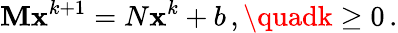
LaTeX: \mathbf{M}\mathbf{{x}}^{k+1}=N\mathbf{{x}}^{k}+b\, ,\quadk\geq0\, .